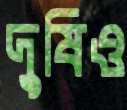
দুষিও